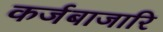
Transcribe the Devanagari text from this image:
कर्जबाजारि